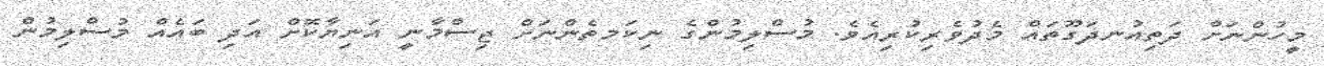
މީހުންނަށް ދަތިއުނދަގޫތައް މެދުވެރިކުރިއެވެ. މުސްލިމުންގެ ނިކަމތެންނަށް ޖިސްމާނީ އަނިޔާކޮށް އަދި ބައެއް މުސްލިމުން